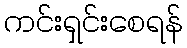
ကင်းရှင်းစေရန်